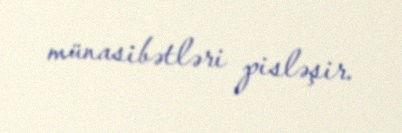
münasibətləri pisləşir.